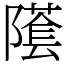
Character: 𨼲